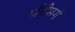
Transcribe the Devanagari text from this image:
गौरीमर्ग